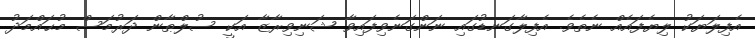
އެފިލަޔަކު ލިޔެފައެއް ނެތެވެ. އެފިލާގަނޑުގައި ނަންގަނެވިފައިވާ ޝަނިވިރާޒާ އަކީ ސުލްޠާން ދަރުމަސް މުޙައްމަދު